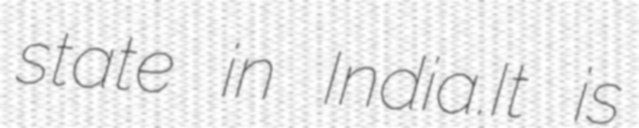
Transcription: state in India.It is